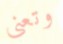
وتعني